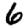
Digit: 6